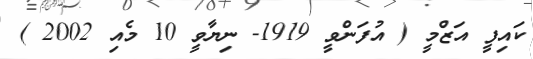
ކައިފީ އަޒްމީ ( އުފަންވީ 1919- ނިޔާވީ 10 މެއި 2002 )